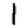
Digit: 1